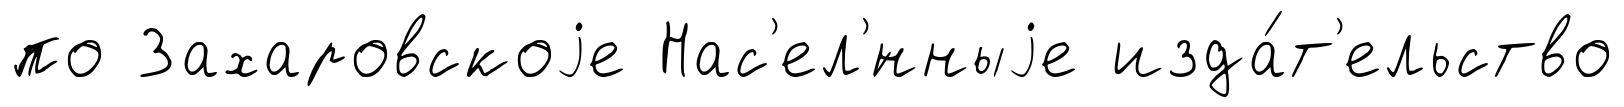
по Захаровскоjе Нас'ел'́нныjе изда́т'ельство